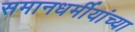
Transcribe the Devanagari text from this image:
समानधर्मीयांच्या